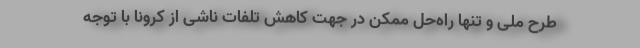
طرح ملی و تنها راه‌حل ممکن در جهت کاهش تلفات ناشی از کرونا با توجه